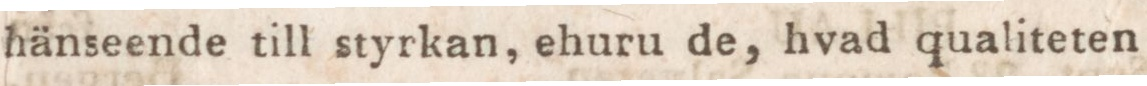
hänseende till styrkan, ehuru de, hvad qualiteten